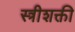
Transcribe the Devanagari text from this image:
स्त्रीशक्ती